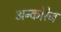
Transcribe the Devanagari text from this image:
अन्कोरेज